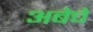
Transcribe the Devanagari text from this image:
अबेचे